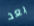
بعد